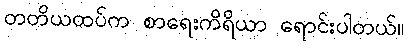
တတိယထပ်က စာရေးကိရိယာ ရောင်းပါတယ်။